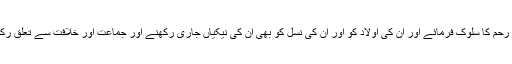
اللہ تعالیٰ ان سے مغفرت اور رحم کا سلوک فرمائے اور ان کی اولاد کو اور ان کی نسل کو بھی ان کی نیکیاں جاری رکھنے اور جماعت اور خلافت سے تعلق رکھنے کی توفیق عطا فرمائے۔